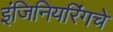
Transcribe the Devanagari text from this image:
इंजिनियरिंगचे